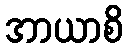
အာယာစိ